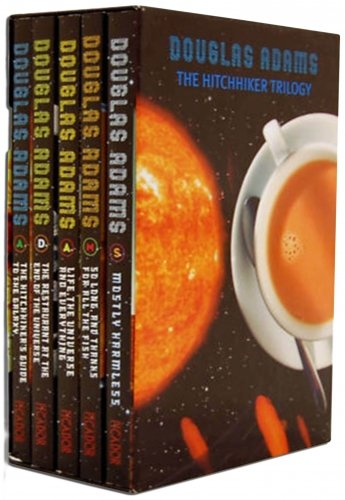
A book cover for Hitchhiker'S Guide To The Galaxy 5 Book Box Set By Douglas Adams; Douglas Adams; Comics & Graphic Novels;